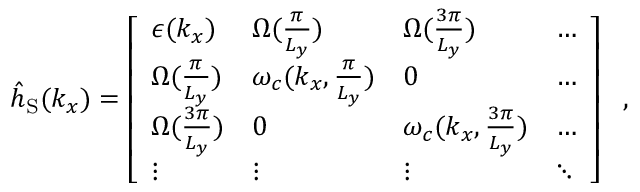
\begin{array} { r } { { \hat { h } } _ { \mathrm { S } } ( { k _ { x } } ) = \left[ \begin{array} { l l l l } { \epsilon ( k _ { x } ) } & { { \Omega } ( \frac { \pi } { L _ { y } } ) } & { { \Omega } ( \frac { 3 \pi } { L _ { y } } ) } & { \hdots } \\ { { \Omega } ( \frac { \pi } { L _ { y } } ) } & { \omega _ { c } ( { k _ { x } , \frac { \pi } { L _ { y } } } ) } & { 0 } & { \hdots } \\ { { \Omega } ( \frac { 3 \pi } { L _ { y } } ) } & { 0 } & { \omega _ { c } ( { k _ { x } , \frac { 3 \pi } { L _ { y } } } ) } & { \hdots } \\ { \vdots } & { \vdots } & { \vdots } & { \ddots } \end{array} \right] ~ ~ , } \end{array}